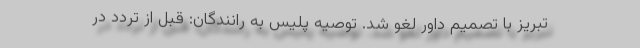
تبریز با تصمیم داور لغو شد. توصیه‌ پلیس به رانندگان: قبل از تردد در